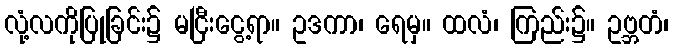
လုံ့လကိုပြုခြင်း၌ မငြီးငွေ့ရာ။ ဥဒကာ၊ ရေမှ။ ထလံ၊ ကြည်း၌။ ဥဗ္ဘတံ၊